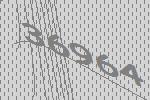
36964